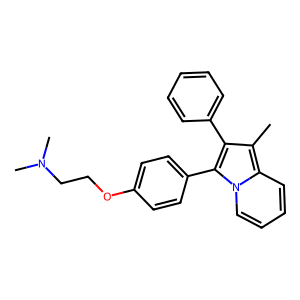
SMILES: Cc1c(-c2ccccc2)c(-c2ccc(OCCN(C)C)cc2)n2ccccc12
Inhibits HIV replication: No